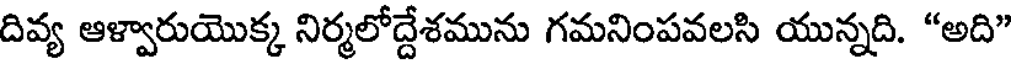
దివ్య ఆళ్వారుయొక్క నిర్మలోద్దేశమును గమనింపవలసి యున్నది. "అది"